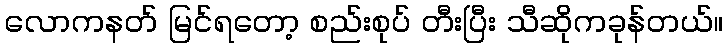
လောကနတ် မြင်ရတော့ စည်းစုပ် တီးပြီး သီဆိုကခုန်တယ်။